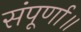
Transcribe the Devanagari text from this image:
संपूर्णा॥